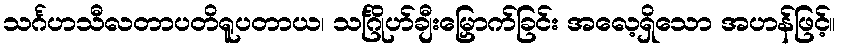
သင်္ဂဟသီလတာပတိရူပတာယ၊ သင်္ဂြိုဟ်ချီးမြှောက်ခြင်း အလေ့ရှိသော အဟန်ဖြင့်။